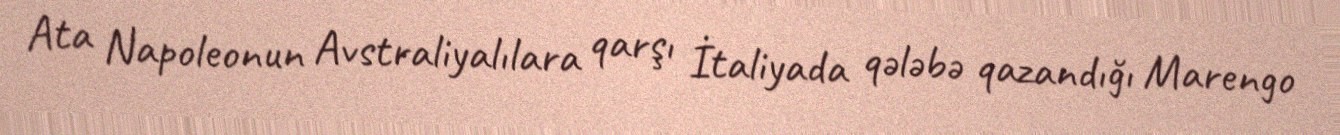
Ata Napoleonun Avstraliyalılara qarşı İtaliyada qələbə qazandığı Marengo